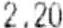
2.20